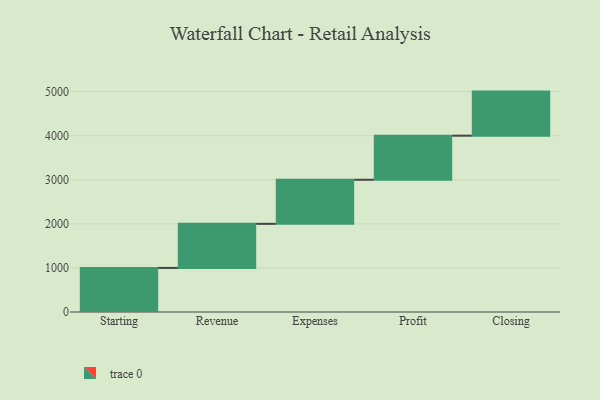
{"axis": {"x": "Step", "y": "Value"}, "legend": [""], "data": [{"x": "Starting", "y": 1000, "type": ""}, {"x": "Revenue", "y": 1000, "type": ""}, {"x": "Expenses", "y": 1000, "type": ""}, {"x": "Profit", "y": 1000, "type": ""}, {"x": "Closing", "y": 1000, "type": ""}]}